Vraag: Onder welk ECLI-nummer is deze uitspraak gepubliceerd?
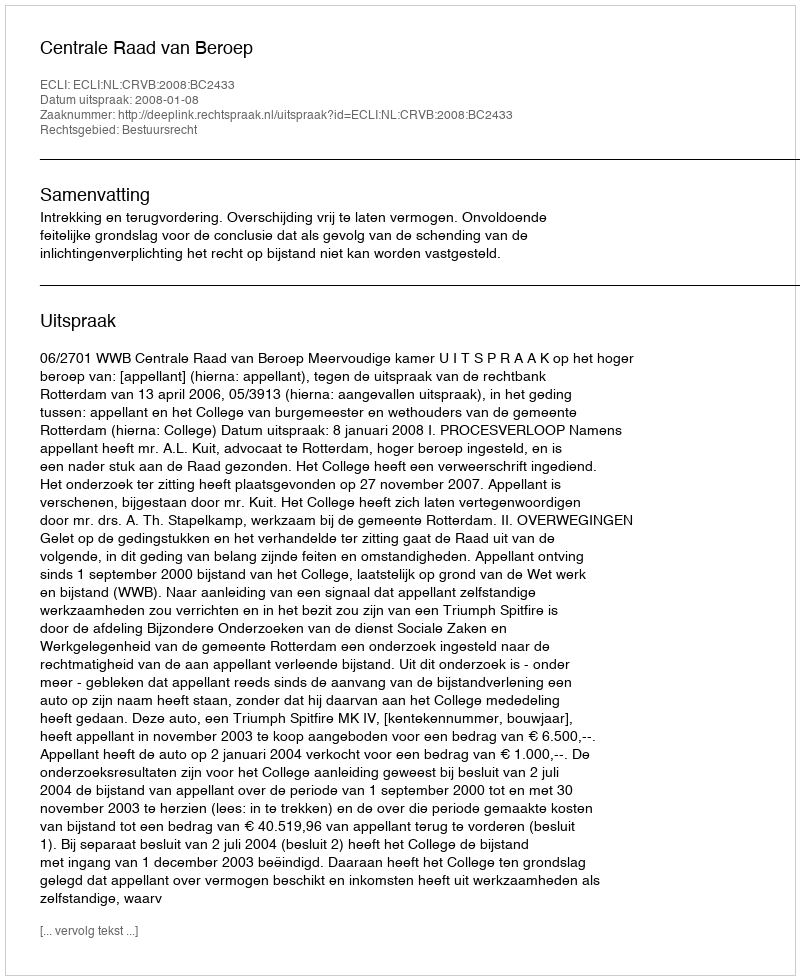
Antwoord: ECLI:NL:CRVB:2008:BC2433